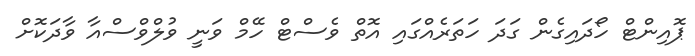
ޕޮއިންޓް ހޯދައިގެން ގަދަ ހަތަރެއްގައި އޮތް ވެސްޓް ހޭމް ވަނީ ވުލްވްސްއާ ވާދަކޮށް